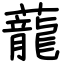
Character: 蘢